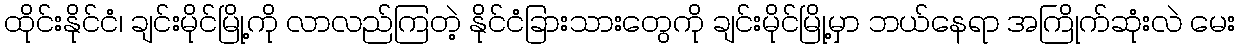
ထိုင်းနိုင်ငံ၊ ချင်းမိုင်မြို့ကို လာလည်ကြတဲ့ နိုင်ငံခြားသားတွေကို ချင်းမိုင်မြို့မှာ ဘယ်နေရာ အကြိုက်ဆုံးလဲ မေး